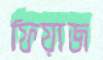
ফিয়াজ